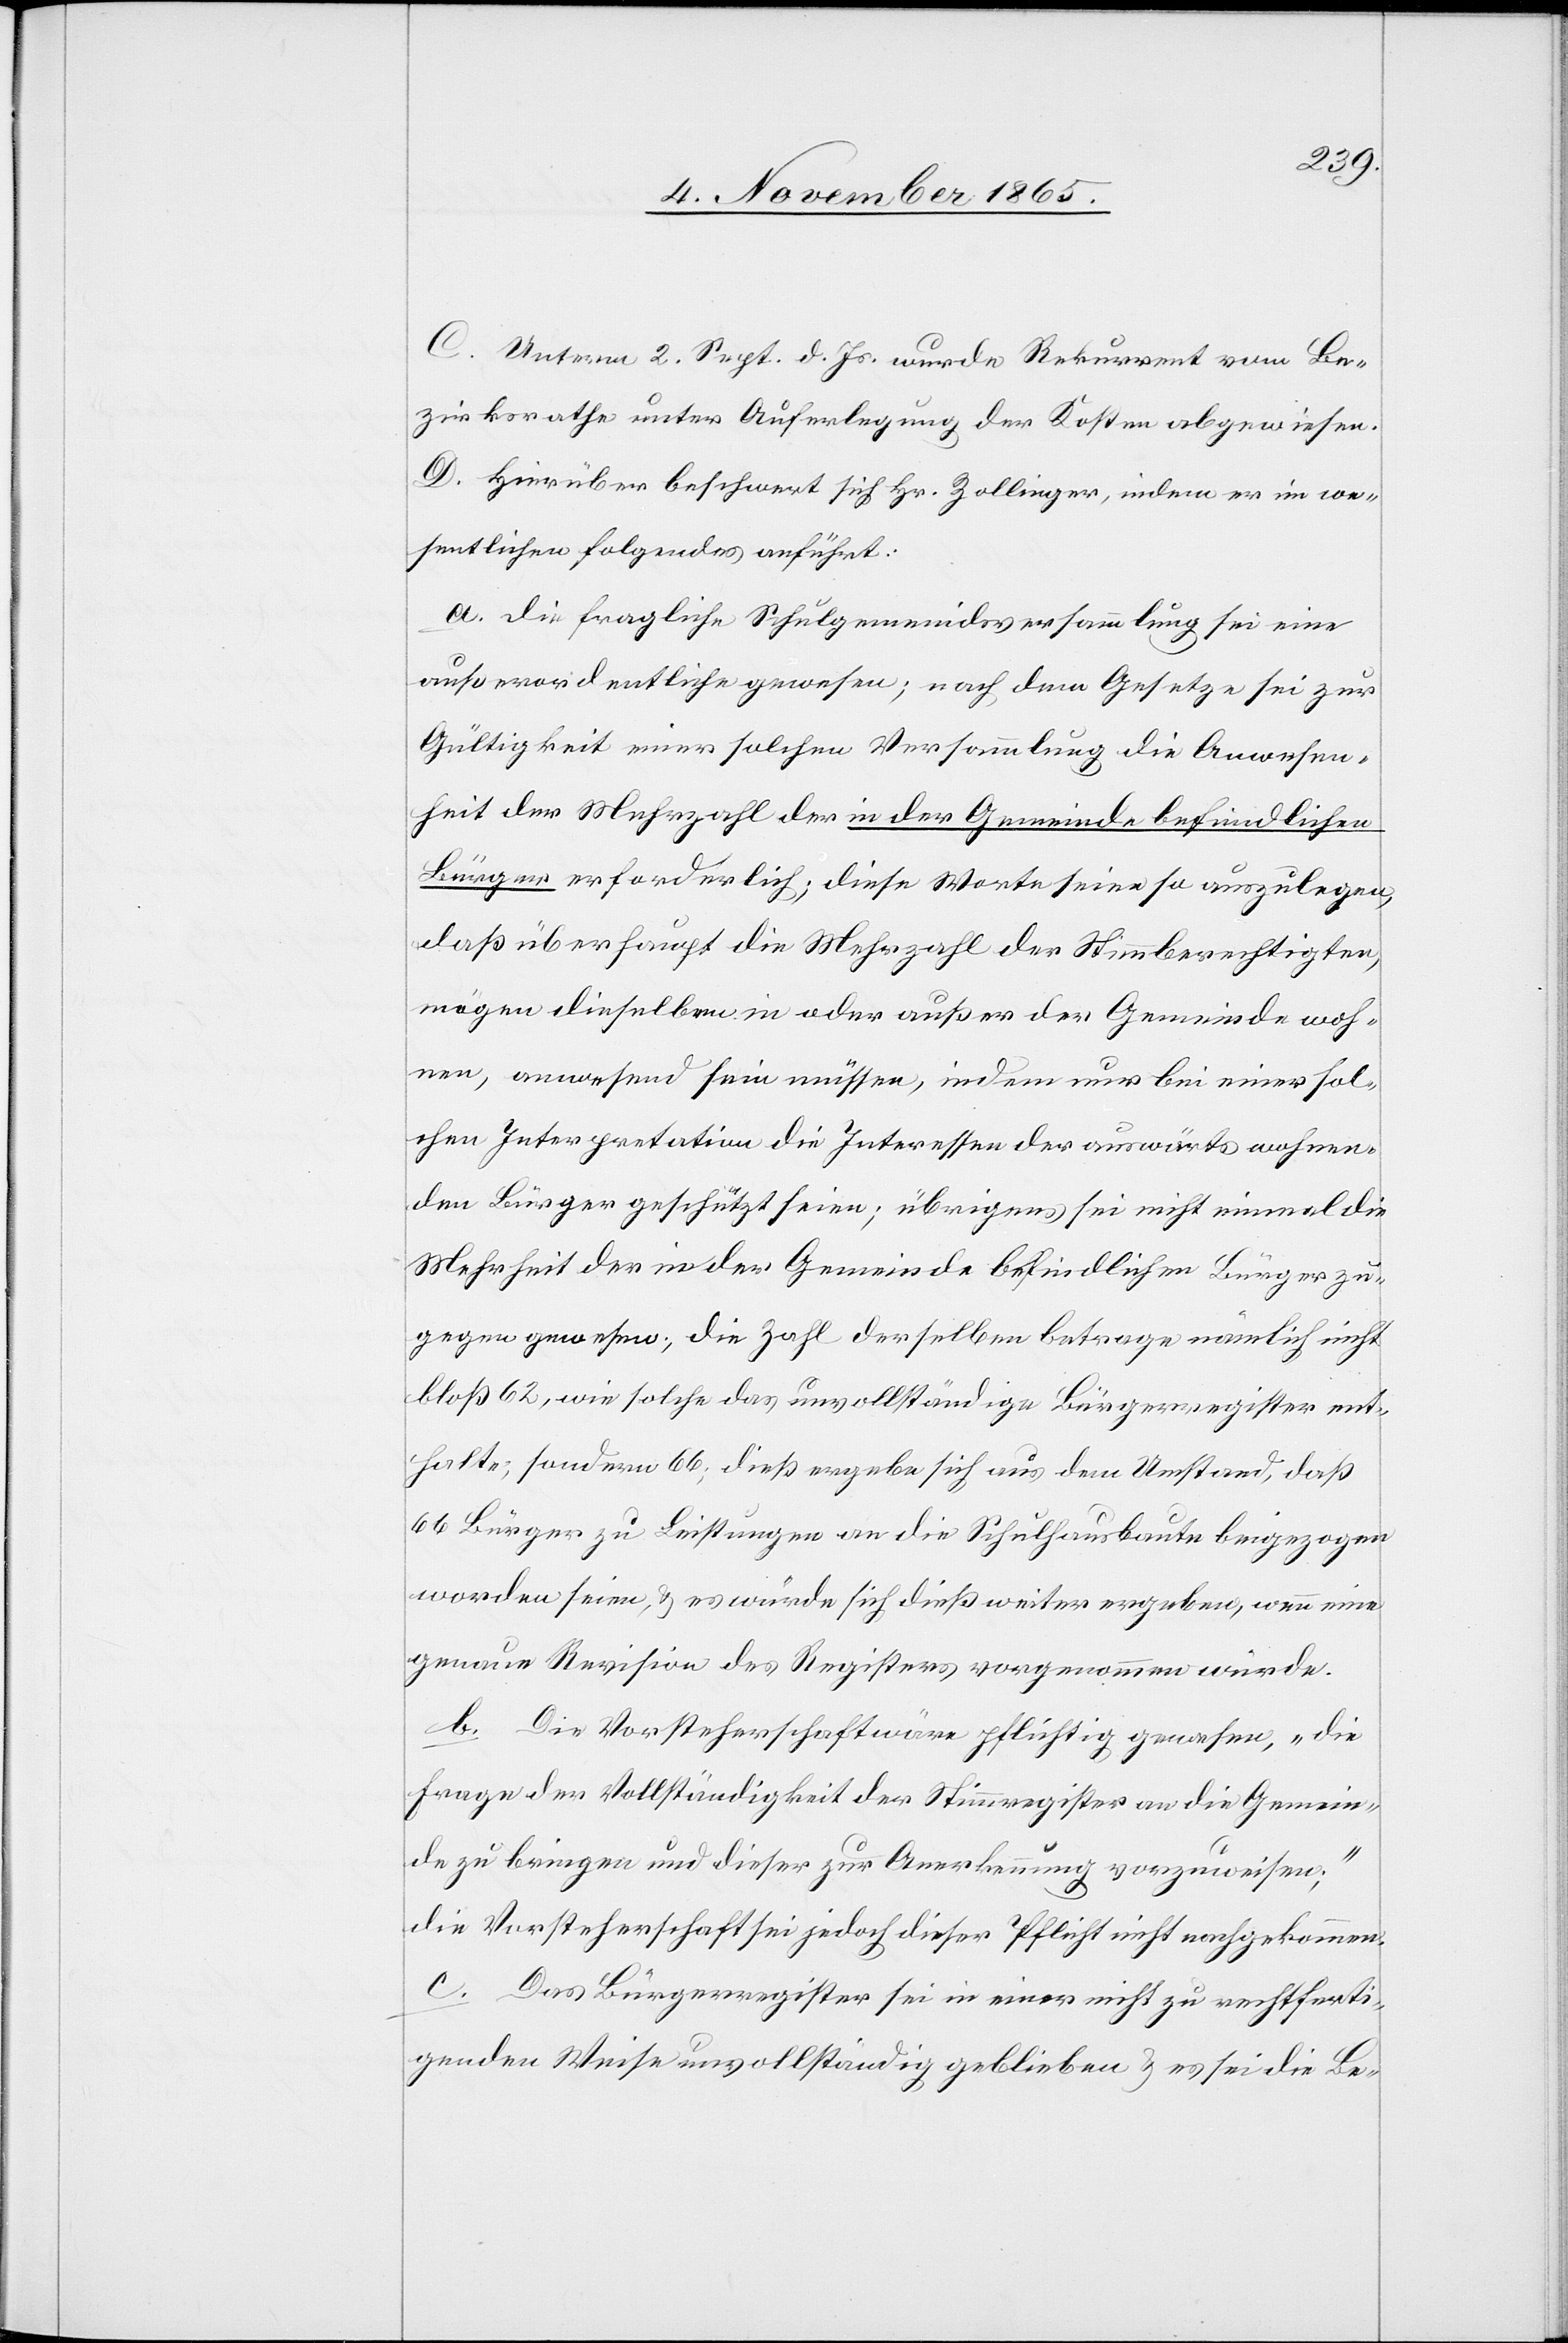
C. Unterm 2. Sept. d. Js. wurde Rekurrent vom Be¬
zirksrathe unter Auferlegung der Kosten abgewiesen.
D. Hierüber beschwert sich Hr. Zollinger, indem er im we¬
sentlichen folgendes anführt:
a. Die fragliche Schulgemeindsversammlung sei eine
außerordentliche gewesen; nach dem Gesetze sei zur
Gültigkeit einer solchen Versammlung die Anwesen¬
heit der Mehrzahl der in der Gemeinde befindlichen
Bürger erforderlich; diese Worte seien so auszulegen,
daß überhaupt die Mehrzahl der Stimmberechtigten,
mögen dieselben in oder außer der Gemeinde woh¬
nen, anwesend sein müssen, indem nur bei einer sol¬
chen Interpretation die Interessen der auswärts wohnen¬
den Bürger geschützt seien; übrigens sei nicht einmal die
Mehrheit der in der Gemeinde befindlichen Bürger zu¬
gegen gewesen; die Zahl derselben betrage nämlich nicht
bloß 62, wie solche das unvollständige Bürgerregister ent¬
halte, sondern 66; dieß ergebe sich aus dem Umstand, daß
66 Bürger zu Leistungen an die Schulhausbaute beigezogen
worden seien, & es würde sich dieß weiter ergeben, wenn eine
genaue Revision des Registers vorgenommen würde.
b. Die Vorsteherschaft wäre pflichtig gewesen, „die
Frage der Vollständigkeit der Stimmregister an die Gemein¬
de zu bringen und dieser zur Anerkennung vorzuweisen;“
die Vorsteherschaft sei jedoch dieser Pflicht nicht nachgekommen.
c. Das Bürgerregister sei in einer nicht zu rechtferti¬
genden Weise unvollständig geblieben & es sei die Be-